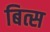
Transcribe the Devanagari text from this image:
बित्स